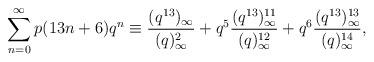
LaTeX: \begin{align*}\sum_{n=0}^\infty p(13n+6)q^n \equiv \frac{(q^{13})_\infty}{(q)_\infty^2} + q^5 \frac{(q^{13})_\infty^{11}}{(q)_\infty^{12}}+q^6\frac{(q^{13})_\infty^{13}}{(q)_\infty^{14}},\end{align*}